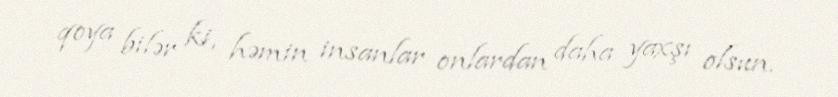
qoya bilər ki, həmin insanlar onlardan daha yaxşı olsun.